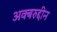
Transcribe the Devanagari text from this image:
अक्बरुद्दीन